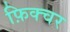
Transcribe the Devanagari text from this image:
फ़िक्चर